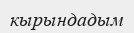
кырындадым